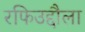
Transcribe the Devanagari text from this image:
रफिउद्दौला